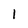
Character: 1